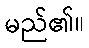
မည်၏။